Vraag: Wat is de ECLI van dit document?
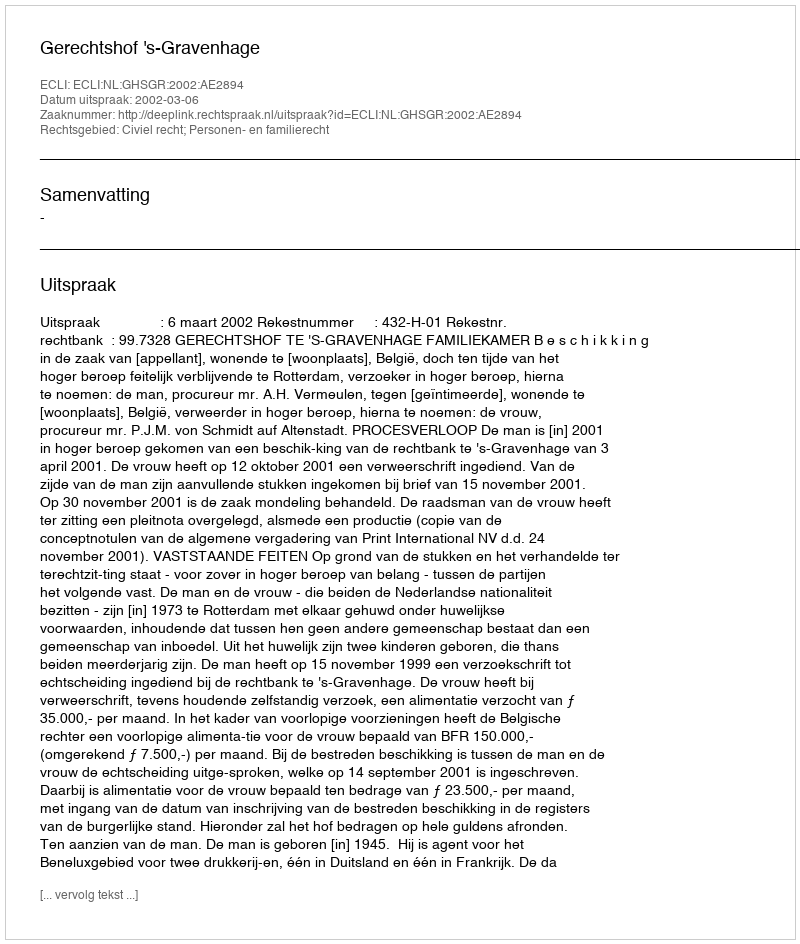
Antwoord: ECLI:NL:GHSGR:2002:AE2894